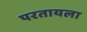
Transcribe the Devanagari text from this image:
परतायला